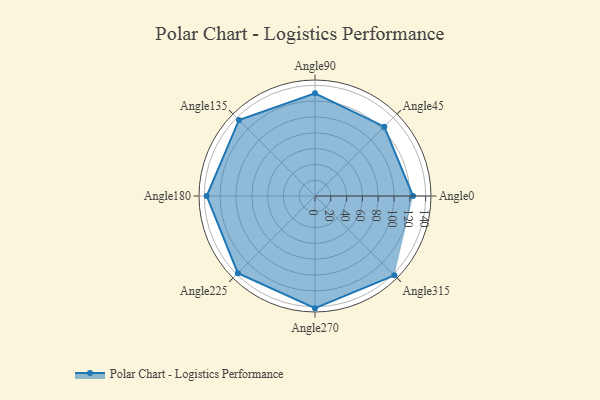
{"axis": {"x": "Angle", "y": "Radius"}, "legend": [""], "data": [{"x": "Angle0", "y": 124.0, "type": ""}, {"x": "Angle45", "y": 124.0, "type": ""}, {"x": "Angle90", "y": 130.0, "type": ""}, {"x": "Angle135", "y": 136.0, "type": ""}, {"x": "Angle180", "y": 137.0, "type": ""}, {"x": "Angle225", "y": 138.0, "type": ""}, {"x": "Angle270", "y": 142.0, "type": ""}, {"x": "Angle315", "y": 142.0, "type": ""}]}